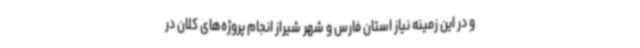
و در این زمینه نیاز استان فارس و شهر شیراز انجام پروژه‌های کلان در